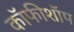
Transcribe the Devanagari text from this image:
कॉफीशॉप